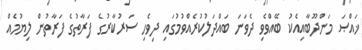
ޚައްޞަ މަންދޫބާއިއެކު ބޭއްވެވި ދެވަނަ ބައްދަލުކުރެއްވުމުގައި ދިވެހި ސަރުކާރުގެ ފަރާތުގެ ފަރާތުން ލިޔުމެއް